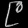
Digit: ၉